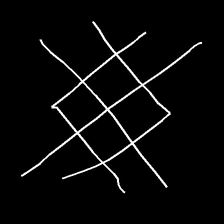
Glyph: crystal